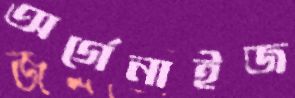
অর্গেনাইজ